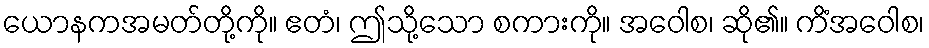
ယောနကအမတ်တို့ကို။ ဧတံ၊ ဤသို့သော စကားကို။ အဝေါစ၊ ဆို၏။ ကိံအဝေါစ၊